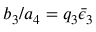
b _ { 3 } / a _ { 4 } = q _ { 3 } \bar { \epsilon } _ { 3 }